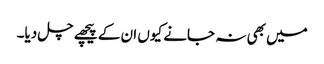
میں بھی نہ جانے کیوں ان کے پیچھے چل دیا۔